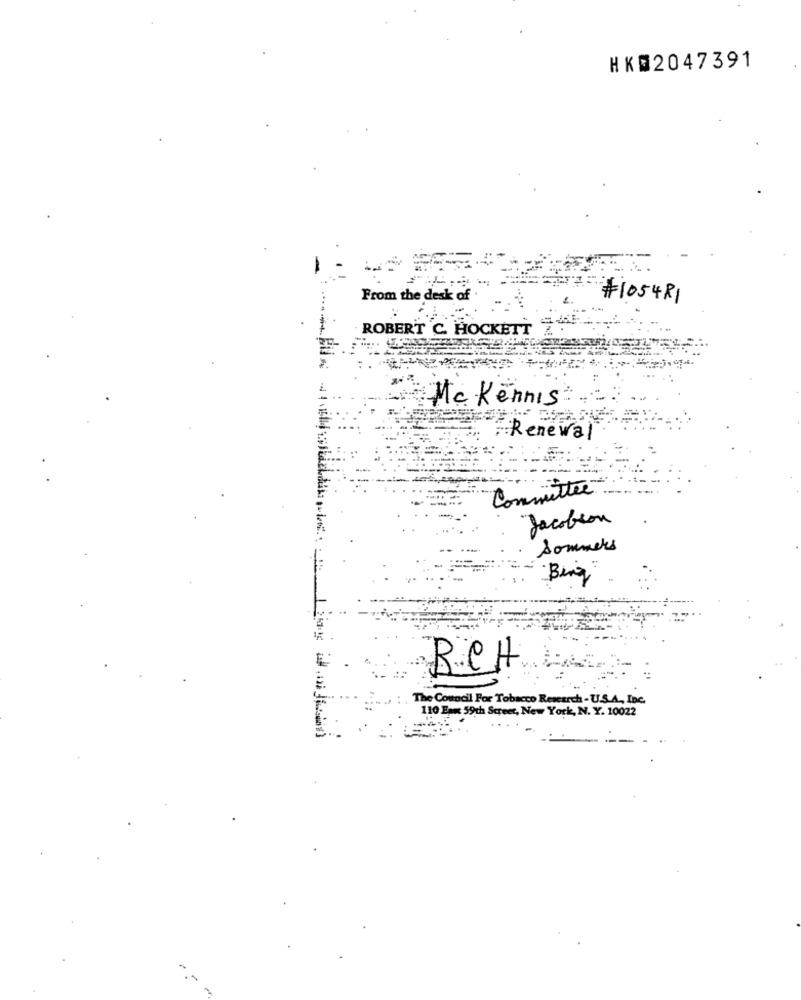
HK02047391
From the desk of
#1054R1
ROBERT C. HOCKETT 444 ---
Mc Kennis
Renewal
Committee
Jacobson
Sommers
Bing
BCH
The Council For Tobacco Research - U.S.A ., Inc.
110 Eau 59th Street, New York, N. Y. 10022
-